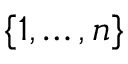
\{ 1 , \ldots , n \}